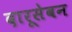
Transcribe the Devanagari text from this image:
दारूसेवन